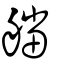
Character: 艡